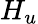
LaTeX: H_{u}